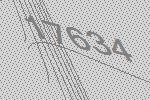
17634